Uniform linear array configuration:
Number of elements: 4
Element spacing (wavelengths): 0.75
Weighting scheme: uniform
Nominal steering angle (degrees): -15
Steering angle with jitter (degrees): -14.171
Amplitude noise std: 0.05
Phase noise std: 0.05

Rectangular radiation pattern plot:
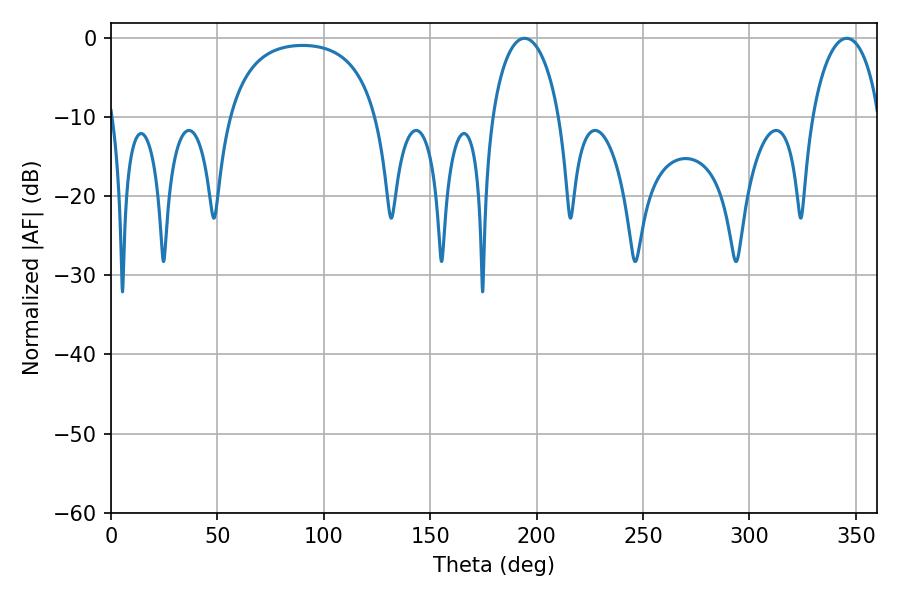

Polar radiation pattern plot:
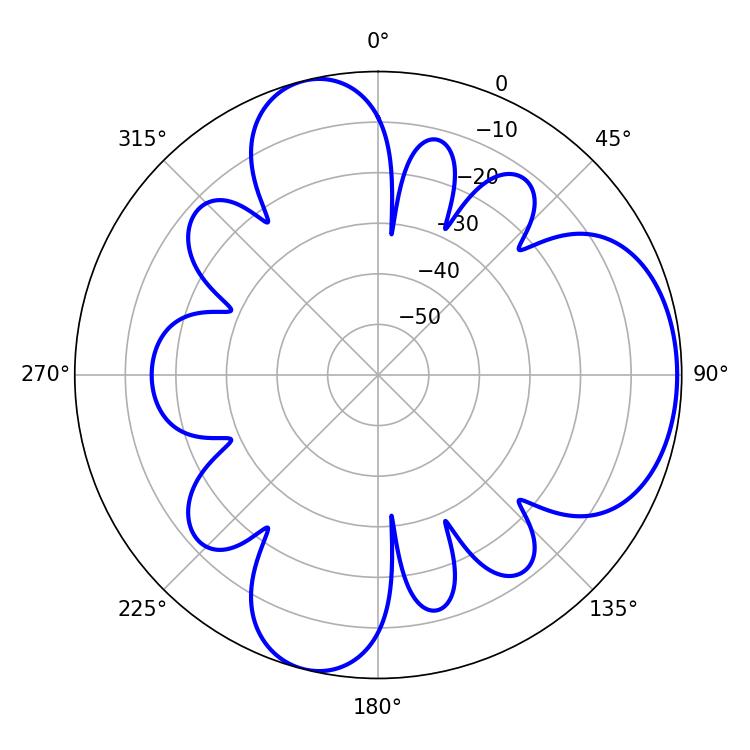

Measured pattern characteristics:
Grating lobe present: TRUE
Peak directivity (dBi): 6.394
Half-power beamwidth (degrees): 18.18
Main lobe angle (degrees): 345.78